Insane asylums in Bengal annual reports 1867-1875 - 1867-1875
Year: 1867
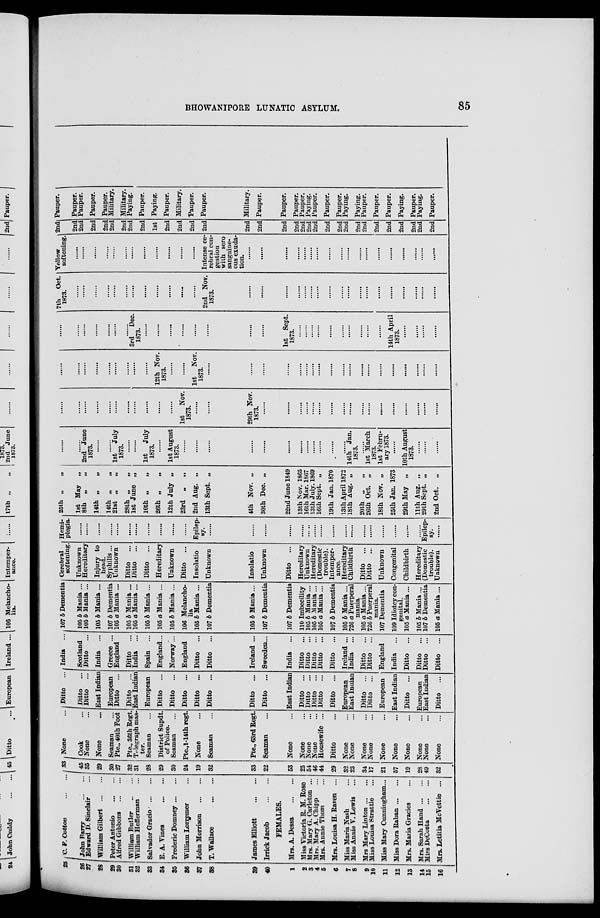
BHOWANIPORE LUNATIC ASYLUM.
85
25
26
27
28
29
30
31
32
33
34
35
36
37
38
39
40
1
2
3
4
5
6
7
8
9
10
11
12
13
14
15
16
C. F. Cotton ... ...
John Barry
...
...
Edward D. Sinclair ...
William Gilbert
...
...
Peter Antonio
...
...
Alfred Gibbons
...
...
William Butler
...
...
William Hefferman ...
Salvador Gracio
...
...
E. A. Vines
...
...
Frederic Domney ... ...
William Lorremer ...
John Morrison
...
...
T.Wallace ... ...
James Elliott
...
...
Irrick Jacob
...
...
FEMALES.
Mrs. A. Dessa
...
...
Miss Victoria R. M. Rose
Mrs. Mary G. Carleton ...
Mrs. Mary A. Chipp ...
Mrs. Annie Thom ...
Mrs. Louisa H. Raven ...
Miss Maria Nash ...
Miss Annie V. Lewis ...
Mrs Mary Linton ... ...
Miss Louisa Strattle ...
Miss Mary Cunningham...
Miss Dora Raban ... ...
Mrs. Maria Gracies ...
Mrs. Sarah Hand ... ...
Miss DeCosta
...
...
Mrs. Letitia McVettie ...
33
45
35
29
30
27
32
31
28
29
30
24
19
32
33
22
53
25
51
46
44
29
32
23
34
17
21
57
19
28
49
32
None ...
Cook ...
None ...
None ...
Seaman ...
Pte., 40th Foot
Pte., 36th Regt.
Telegraph mas-
ter.
Seaman ...
District Supdt.
of Police.
Seaman ...
Pte.,1-14th regt.
None ...
Seaman ...
Pte., 63rd Regt.
Seaman ...
None ...
None ...
None ...
None ...
Housewife ...
Ditto ...
None ...
None ...
None ...
None ...
None ...
None
...
None ...
None
...
None
...
None ...
Ditto ...
Ditto ...
Ditto
...
East Indian
European
Ditto
...
Ditto
...
East Indian
European
Ditto
...
Ditto
...
Ditto
...
Ditto
...
Ditto
...
Ditto
...
Ditto
...
East Indian
Ditto
...
Ditto
...
Ditto
...
Ditto
...
Ditto
...
European
East Indian
Ditto
...
Ditto
...
European
East Indian
Ditto
...
European
East Indian
Ditto
...
India ...
Scotland
Ditto
...
India ...
Greece ...
England
Ditto
...
India ...
Spain ...
England...
Norway...
England
Ditto
...
Ditto
...
Ireland ...
Sweeden...
India ...
Ditto
...
Ditto
...
Ditto
...
Ditto
...
Ditto
...
Ireland ...
India ...
Ditto
...
Ditto
...
England
India ...
Ditto
...
Ditto
...
Ditto
...
Ditto
...
107 b Dementia
105 b Mania ...
105 b Mania ...
105 b Mania ...
107 b Dementia
105 a Mania ...
105 b Mania ...
105 a Mania ...
105 b Mania ...
105 a Mania ...
105 b Mania ...
106 Melancho-
lia
105 b Mania ...
107 b Dementia
105 b Mania...
107 b Dementia
107 b Dementia
110 Imbecility
105 b Mania ...
105 b Mania...
105 a Mania...
107 b Dementia
105 b Mania...
726 a Puerperal
mania.
105 a Mania ...
726 b Puerperal
mania.
107 Dementia
109 Idiotcy con-
genital.
105 a Mania...
105 b Mania...
107 b Dementia
105 a Mania...
Cerebral
softening.
Unknown
Hereditary
Injury to
head.
Syphilis...
Unknown
Ditto
...
Ditto
...
Ditto
...
Hereditary
Unknown
Ditto
...
Insolatio
Unknown
Insolatio
Unknown
Ditto
...
Hereditary
Unknown
Hereditary
(Domestic
trouble).
Intemper-
-----
Hereditary
Childbirth
Ditto
...
Ditto
...
Unknown
Congenital
Childbirth
Hereditary
(Domestic
trouble).
Unknown
Hemi-
plegia
......
......
......
......
......
......
......
......
......
......
......
Epilep-
sy. ......
......
......
......
......
......
......
......
......
......
......
......
......
......
......
......
......
Epilep-
sy. ......
25th „
„
1st May
„
8th „ „
14th „ „
14th „
„
21st „ „
28th „ „
1st June „
10th „ „
26th „ „
12th July „
23rd „
„
2nd Aug. „
13th Sept. „
4th Nov. „
30th Dec. „
22nd June 1849
13th Nov. 1865
16th Mar. 1867
13th July. 1869
16th Sept. „
19th Jan. 1870
13th April 1872
18th Aug. „
20th „ „
26th Oct. „
18th Nov. „
25th Jan. 1873
29th May „
11th Aug. „
29th Sept. „
2nd Oct.
„
......
......
2nd June
1873. ......
......
1st July
1873. ......
......
1st
July
1873.
......
1st August
1873. ......
......
......
......
......
......
......
......
......
......
......
......
14th Jan.
1873.
......
1st March
1873.
1st Febru-
ary 1873.
......
10th August
1873. ......
......
......
......
......
......
......
......
......
......
......
......
......
......
1st
Nov.
1873.
......
......
29th Nov.
1873. ......
......
......
......
......
......
......
......
......
......
......
......
......
......
......
......
......
......
......
......
......
......
......
......
......
......
12th Nov.
1873.
......
......
1st Nov.
1873. ......
......
......
......
......
......
......
......
......
......
......
......
......
......
......
......
......
......
......
......
......
......
......
......
......
......
3rd Dec.
1873.
......
......
......
......
......
......
......
......
1st Sept.
1873.
......
......
......
......
......
......
......
......
......
......
14th April
1873.
......
......
......
......
7th
Oct.
1873.
......
......
......
......
......
......
......
......
......
......
......
......
2nd Nov.
1873.
......
......
......
......
......
......
......
......
......
......
......
......
......
......
......
......
......
......
Yellow
softening.
......
......
......
......
......
......
......
......
......
......
......
......
Intense ce-
rebral con-
gestion
with sero
sanguine-
ous exuda-
tion.
......
......
......
......
......
......
......
......
......
......
......
......
......
......
......
......
......
......
2nd
2nd
2nd
2nd
2nd
2nd
2nd
2nd
2nd
1st
2nd
2nd
2nd
2nd
2nd
2nd
2nd
2nd
2nd
2nd
2nd
2nd
2nd
2nd
2nd
2nd
2nd
2nd
2nd
2nd
2nd
2nd
Pauper.
Pauper.
Pauper.
Pauper.
Pauper.
Military.
Military.
Paying.
Pauper.
Paying.
Pauper.
Military.
Pauper.
Pauper.
Military.
Pauper.
Pauper.
Pauper.
Pauper.
Paying.
Pauper.
Pauper.
Pauper.
Paying.
Paying.
Pauper.
Pauper.
Pauper.
Paying.
Pauper.
Paying.
Pauper.